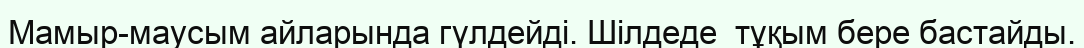
Мамыр-маусым айларында гүлдейді. Шілдеде  тұқым бере бастайды.